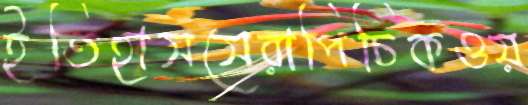
ইতিহাসসেরাপিচিকওয়